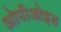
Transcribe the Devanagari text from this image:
ओपीओइड